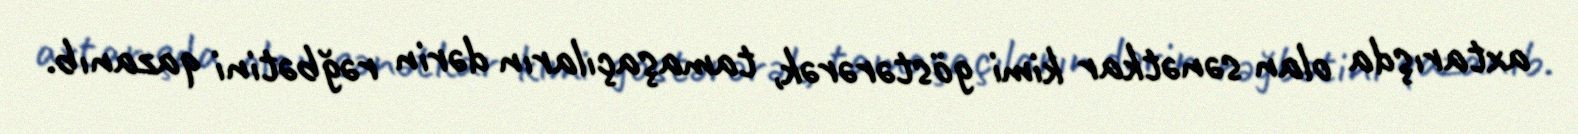
axtarışda olan sənətkar kimi göstərərək, tamaşaçıların dərin rəğbətini qazanıb.